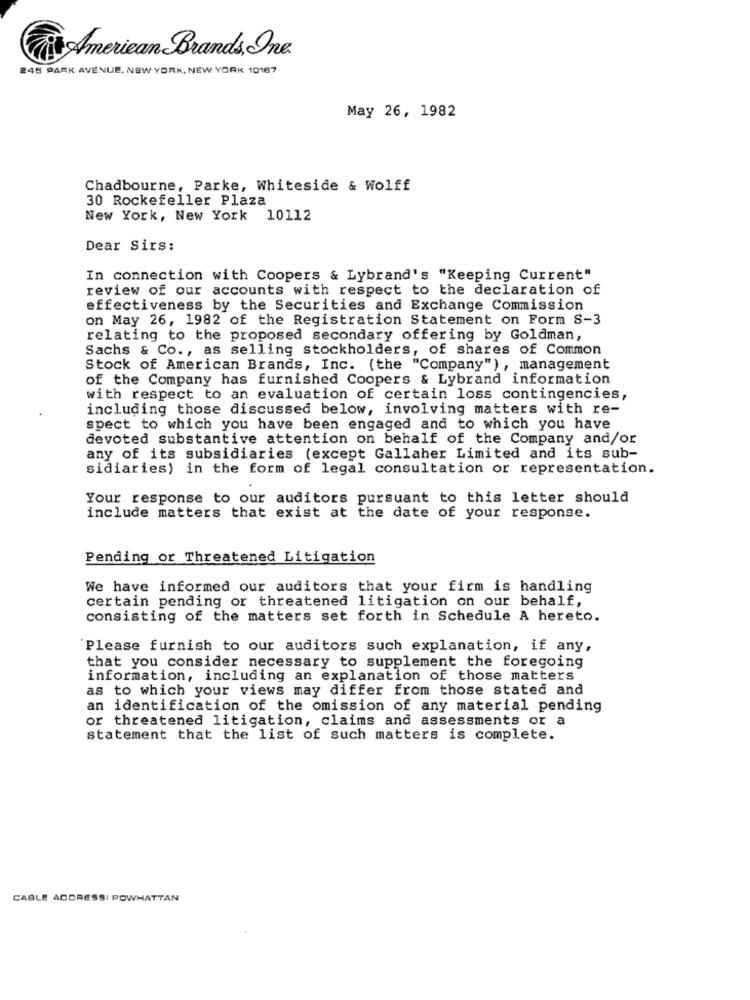
American Brands, One
248 PARK AVENUE, NEW YORK, NEW YORK 10167
May 26, 1982
Chadbourne, Parke, Whiteside & Wolff
30 Rockefeller Plaza
New York, New York 10112
Dear Sirs:
In connection with Coopers & Lybrand's "Keeping Current"
review of our accounts with respect to the declaration of
effectiveness by the Securities and Exchange Commission
on May 26, 1982 of the Registration Statement on Form S-3
relating to the proposed secondary offering by Goldman,
Sachs & Co ., as selling stockholders, of shares of Common
Stock of American Brands, Inc. (the "Company"), management
of the Company has furnished Coopers & Lybrand information
with respect to an evaluation of certain loss contingencies,
including those discussed below, involving matters with re-
spect to which you have been engaged and to which you have
devoted substantive attention on behalf of the Company and/or
any of its subsidiaries (except Gallaher Limited and its sub-
sidiaries) in the form of legal consultation or representation.
Your response to our auditors pursuant to this letter should
include matters that exist at the date of your response.
Pending or Threatened Litigation
We have informed our auditors that your firm is handling
certain pending or threatened litigation on our behalf,
consisting of the matters set forth in Schedule A hereto.
Please furnish to our auditors such explanation, if any,
that you consider necessary to supplement the foregoing
information, including an explanation of those matters
as to which your views may differ from those stated and
an identification of the omission of any material pending
or threatened litigation, claims and assessments or a
statement that the list of such matters is complete.
CABLE ADDRESS: POWHATTAN